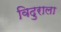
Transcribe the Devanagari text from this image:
विदुराला